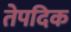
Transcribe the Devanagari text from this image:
तेपदिक